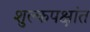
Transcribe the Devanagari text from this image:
शुल्कपक्षांत